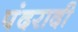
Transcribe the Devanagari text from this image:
पंदरादी